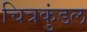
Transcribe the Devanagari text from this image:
चित्रकुंडल